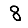
Digit: 8